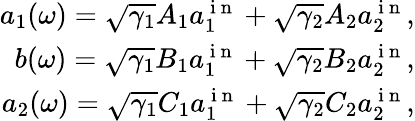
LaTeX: \begin{array}{r}{a_{1}(\omega)=\sqrt{\gamma_{1}}A_{1}a_{1}^{\mathrm{~i~n~}}+\sqrt{\gamma_{2}}A_{2}a_{2}^{\mathrm{~i~n~}},}\\ {b(\omega)=\sqrt{\gamma_{1}}B_{1}a_{1}^{\mathrm{~i~n~}}+\sqrt{\gamma_{2}}B_{2}a_{2}^{\mathrm{~i~n~}},}\\ {a_{2}(\omega)=\sqrt{\gamma_{1}}C_{1}a_{1}^{\mathrm{~i~n~}}+\sqrt{\gamma_{2}}C_{2}a_{2}^{\mathrm{~i~n~}},}\end{array}